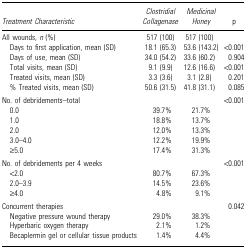
| Treatment Characteristic | Clostridial Collagenase | Medicinal Honey | p |
 | --- | --- | --- | --- |
 | All wounds, n (%) | 517 (100) | 517 (100) |  |
 | Days to first application, mean (SD) | 18.1 (65.3) | 53.6 (143.2) | <0.001 |
 | Days of use, mean (SD) | 34.0 (54.2) | 33.6 (60.2) | 0.904 |
 | Total visits, mean (SD) | 9.1 (9.9) | 12.6 (16.6) | <0.001 |
 | Treated visits, mean (SD) | 3.3 (3.6) | 3.1 (2.8) | 0.201 |
 | % Treated visits, mean (SD) | 50.6 (31.5) | 41.8 (31.1) | 0.085 |
 | No. of debridements–total |  |  | <0.001 |
 | 0.0 | 39.7% | 21.7% |  |
 | 1.0 | 18.8% | 13.7% |  |
 | 2.0 | 12.0% | 13.3% |  |
 | 3.0–4.0 | 12.2% | 19.9% |  |
 | ≥5.0 | 17.4% | 31.3% |  |
 | No. of debridements per 4 weeks |  |  | <0.001 |
 | <2.0 | 80.7% | 67.3% |  |
 | 2.0–3.9 | 14.5% | 23.6% |  |
 | ≥4.0 | 4.8% | 9.1% |  |
 | Concurrent therapies |  |  | 0.042 |
 | Negative pressure wound therapy | 29.0% | 38.3% |  |
 | Hyperbaric oxygen therapy | 2.1% | 1.2% |  |
 | Becaplermin gel or cellular tissue products | 1.4% | 4.4% |  |